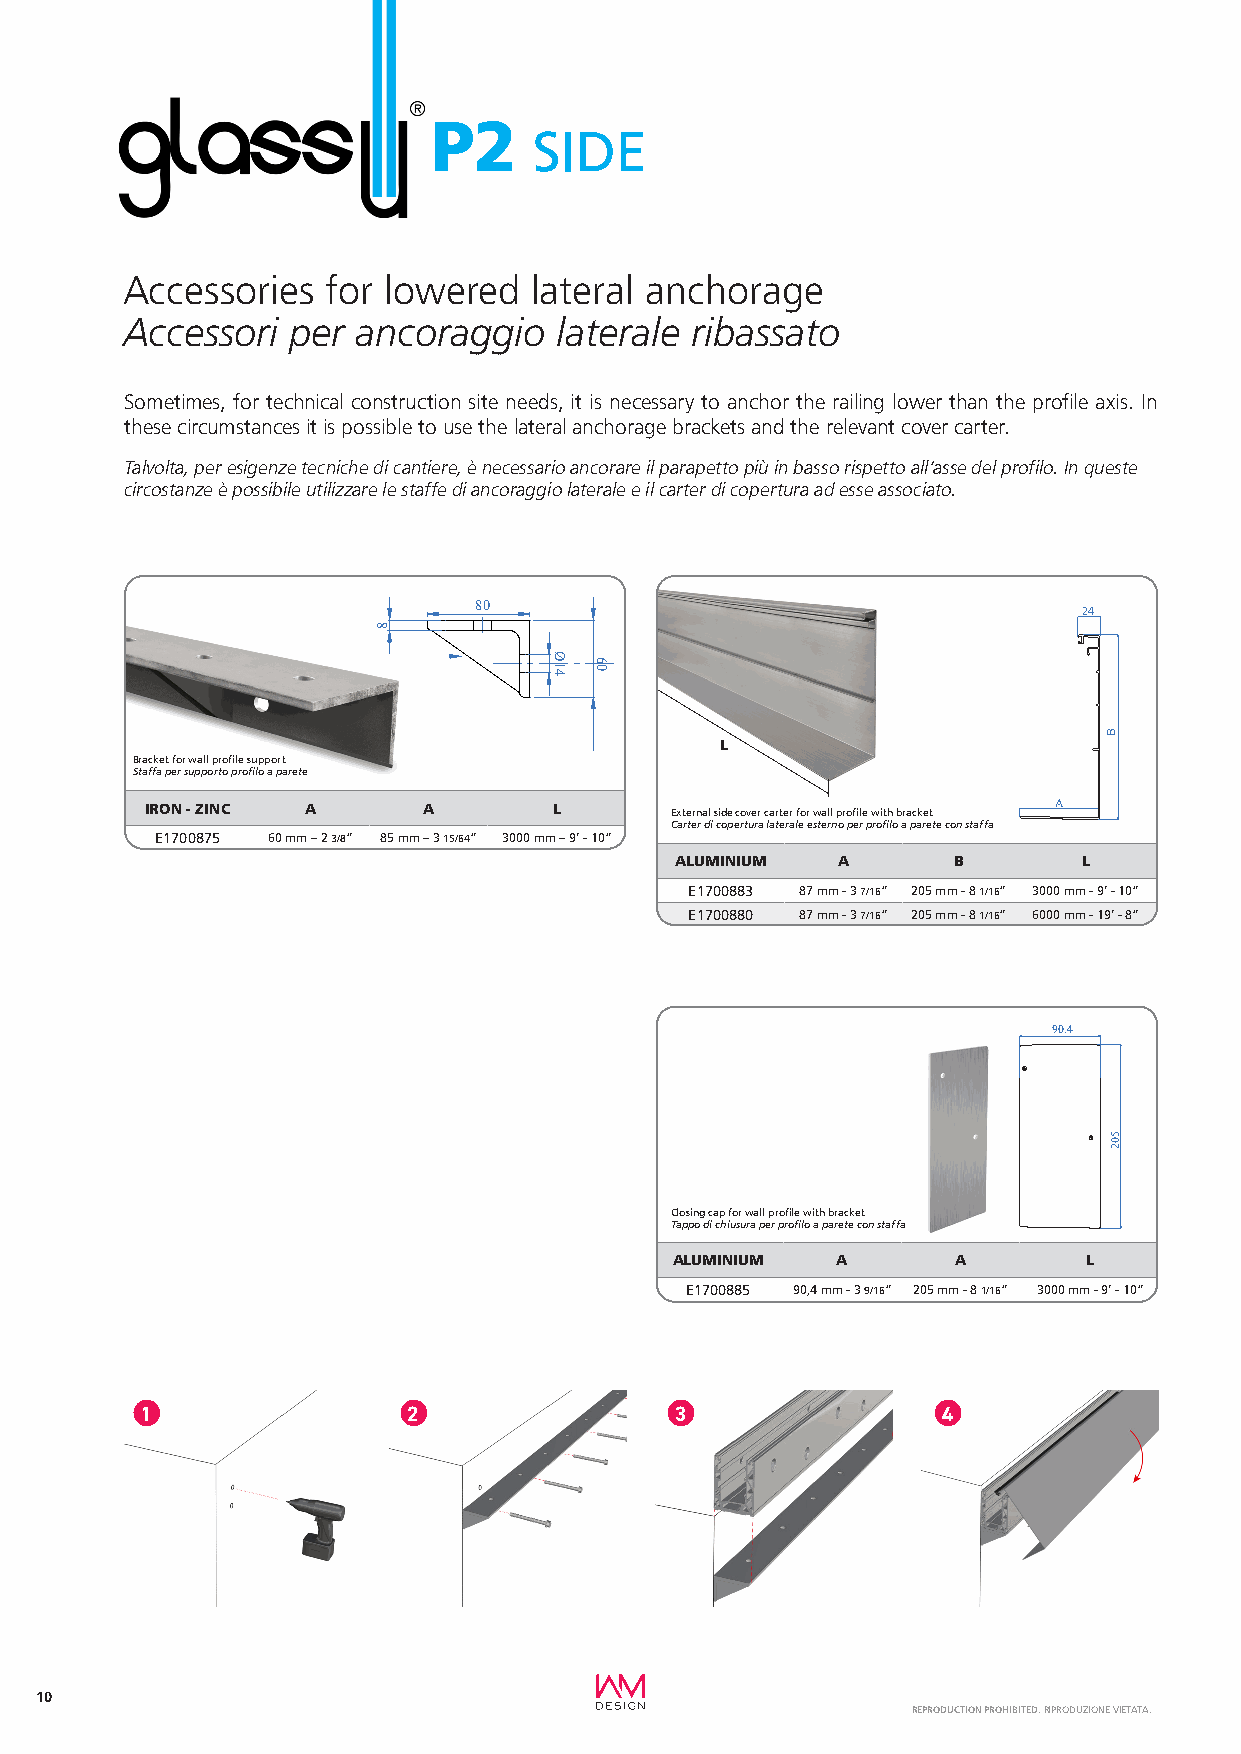
P2
 SIDE
 Accessories   for lowered  lateral anchorage
 Accessori  per  ancoraggio   laterale ribassato
 Sometimes, for technical construction site needs, it is necessary to anchor the railing lower than the profile axis. In
 these circumstances it is possible to use the lateral anchorage brackets and the relevant cover carter.
 Talvolta, per esigenze tecniche di cantiere, è necessario ancorare il parapetto più in basso rispetto all’asse del profilo. In queste
 circostanze è possibile utilizzare le staffe di ancoraggio laterale e il carter di copertura ad esse associato.
 80
 24
 L
 Bracket for wall profile support
 Staffa per supporto profilo a parete
 IRON - ZINC A     A        L      External side cover carter for wall profile with bracket A
 Carter di copertura laterale esterno per profilo a parete con staffa
 E1700875 60 mm – 2 3/8” 85 mm – 3 15/64” 3000 mm – 9’ - 10”
 ALUMINIUM A       B        L
 E1700883 87 mm - 3 7/16” 205 mm - 8 1/16” 3000 mm - 9’ - 10”
 E1700880 87 mm - 3 7/16” 205 mm - 8 1/16” 6000 mm - 19’ - 8”
 90.4
 Closing cap for wall profile with bracket
 Tappo di chiusura per profilo a parete con staffa
 ALUMINIUM A       A        L
 E1700885 90,4 mm - 3 9/16” 205 mm - 8 1/16” 3000 mm - 9’ - 10”
 1                 2                 3                4
 10
 REPRODUCTION PROHIBITED. RIPRODUZIONE VIETATA.
 8
 Ø14 60
 B
 502